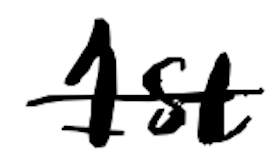
Text: 1st
Cross-out: single-line
Writing tool: digital_black